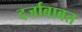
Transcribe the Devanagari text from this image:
दर्जाबाबत